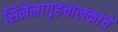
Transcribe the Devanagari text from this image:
सिनेमागृहचालकांचे